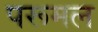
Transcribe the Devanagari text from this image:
परूमल